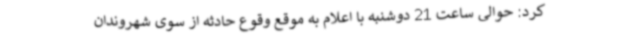
کرد: حوالی ساعت 21 دوشنبه با اعلام به موقع وقوع حادثه از سوی شهروندان